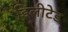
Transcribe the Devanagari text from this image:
डिलीटेड